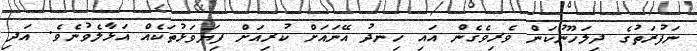
ނަފުރަތުގެ ދިލަހޫނުކަން ވެރިވެގެން އައި ހިނދު އޭނައަށް ކުރިއަށް ފިޔަވަޅުތަކެއް އަޅާލެވުނެވެ. އަދި